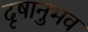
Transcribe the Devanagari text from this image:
दृषानुभव